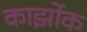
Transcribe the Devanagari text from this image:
कार्झोक